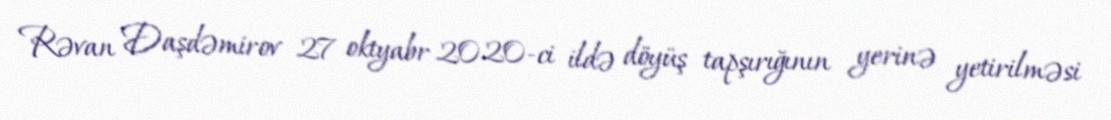
Rəvan Daşdəmirov 27 oktyabr 2020-ci ildə döyüş tapşırığının yerinə yetirilməsi